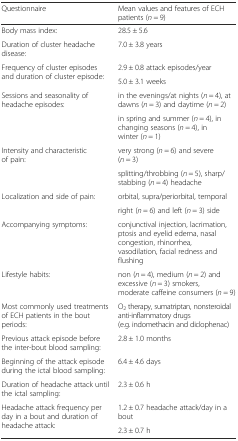
<table><thead><tr><td><b>Questionnaire</b></td><td><b>Mean values and features of ECH patients (<i>n</i> = 9)</b></td></tr></thead><tbody><tr><td>Body mass index:</td><td>28.5 ± 5.6</td></tr><tr><td>Duration of cluster headache disease:</td><td>7.0 ± 3.8 years</td></tr><tr><td rowspan="2">Frequency of cluster episodes and duration of cluster episode:</td><td>2.9 ± 0.8 attack episodes/year</td></tr><tr><td>5.0 ± 3.1 weeks</td></tr><tr><td rowspan="2">Sessions and seasonality of headache episodes:</td><td>in the evenings/at nights (<i>n</i> = 4), at dawns (<i>n</i> = 3) and daytime (<i>n</i> = 2)</td></tr><tr><td>in spring and summer (<i>n</i> = 4), in changing seasons (<i>n</i> = 4), in winter (<i>n</i> = 1)</td></tr><tr><td rowspan="2">Intensity and characteristic of pain:</td><td>very strong (<i>n</i> = 6) and severe (<i>n</i> = 3)</td></tr><tr><td>splitting/throbbing (<i>n</i> = 5), sharp/stabbing (<i>n</i> = 4) headache</td></tr><tr><td rowspan="2">Localization and side of pain:</td><td>orbital, supra/periorbital, temporal</td></tr><tr><td>right (<i>n</i> = 6) and left (<i>n</i> = 3) side</td></tr><tr><td>Accompanying symptoms:</td><td>conjunctival injection, lacrimation, ptosis and eyelid edema, nasal congestion, rhinorrhea, vasodilation, facial redness and flushing</td></tr><tr><td>Lifestyle habits:</td><td>non (<i>n</i> = 4), medium (<i>n</i> = 2) and excessive (<i>n</i> = 3) smokers, moderate caffeine consumers (<i>n</i> = 9)</td></tr><tr><td>Most commonly used treatments of ECH patients in the bout periods:</td><td>O<sub>2</sub> therapy, sumatriptan, nonsteroidal anti-inflammatory drugs (e.g. indomethacin and diclophenac)</td></tr><tr><td>Previous attack episode before the inter-bout blood sampling:</td><td>2.8 ± 1.0 months</td></tr><tr><td>Beginning of the attack episode during the ictal blood sampling:</td><td>6.4 ± 4.6 days</td></tr><tr><td>Duration of headache attack until the ictal sampling:</td><td>2.3 ± 0.6 h</td></tr><tr><td rowspan="2">Headache attack frequency per day in a bout and duration of headache attack:</td><td>1.2 ± 0.7 headache attack/day in a bout</td></tr><tr><td>2.3 ± 0.7 h</td></tr></tbody></table>